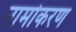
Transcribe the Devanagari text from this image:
नामोकरण